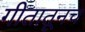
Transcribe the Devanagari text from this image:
गीतातूनच